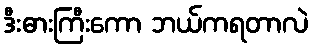
ဒီးဓားကြီးကော ဘယ်ကရတာလဲ